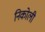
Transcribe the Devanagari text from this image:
निकोली